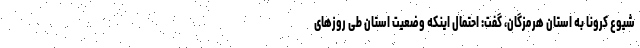
شیوع کرونا به استان هرمزگان، گفت: احتمال اینکه وضعیت استان طی روزهای